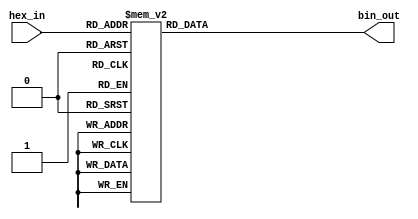
module hex_to_bin_encoder (
    input  wire [3:0] hex_in,  // 4-bit input for hexadecimal digit
    output reg  [3:0] bin_out   // 4-bit output for binary equivalent
);

    always @(*) begin
        case (hex_in)
            4'b0000: bin_out = 4'b0000; // 0
            4'b0001: bin_out = 4'b0001; // 1
            4'b0010: bin_out = 4'b0010; // 2
            4'b0011: bin_out = 4'b0011; // 3
            4'b0100: bin_out = 4'b0100; // 4
            4'b0101: bin_out = 4'b0101; // 5
            4'b0110: bin_out = 4'b0110; // 6
            4'b0111: bin_out = 4'b0111; // 7
            4'b1000: bin_out = 4'b1000; // 8
            4'b1001: bin_out = 4'b1001; // 9
            4'b1010: bin_out = 4'b1010; // A
            4'b1011: bin_out = 4'b1011; // B
            4'b1100: bin_out = 4'b1100; // C
            4'b1101: bin_out = 4'b1101; // D
            4'b1110: bin_out = 4'b1110; // E
            4'b1111: bin_out = 4'b1111; // F
            default: bin_out = 4'b0000; // Default case (not necessary, but safe)
        endcase
    end

endmodule